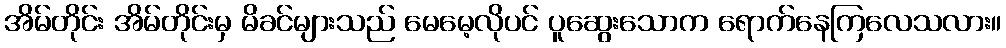
အိမ်တိုင်း အိမ်တိုင်းမှ မိခင်များသည် မေမေ့လိုပင် ပူဆွေးသောက ရောက်နေကြလေသလား။